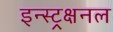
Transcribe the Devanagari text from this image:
इन्स्ट्रक्षनल